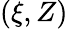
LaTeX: (\xi,Z)